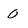
Character: 0